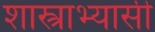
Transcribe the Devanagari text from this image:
शास्त्राभ्यासी